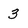
Character: 3